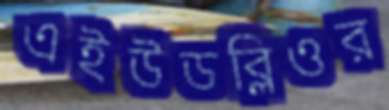
এইউডব্লিওর